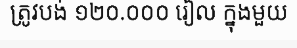
ត្រូវបង់ ១២០.០០០ រៀល ក្នុងមួយ